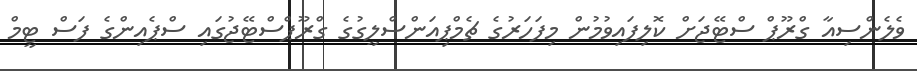
ވެލެންސިއާ ގްރޫޕް ސްޓޭޖަށް ކޮލިފައިވުމުން މިފަހަރުގެ ޗެމްޕިއަންސްލީގުގެ ގްރޫޕްސްޓޭޖުގައި ސްޕެއިންގެ ފަސް ޓީމް